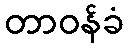
တာဝန်ခံ